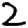
Digit: 2